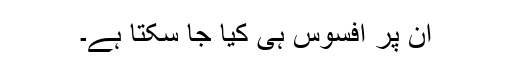
ان پر افسوس ہی کیا جا سکتا ہے۔